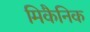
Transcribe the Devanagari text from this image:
मिकैनिक